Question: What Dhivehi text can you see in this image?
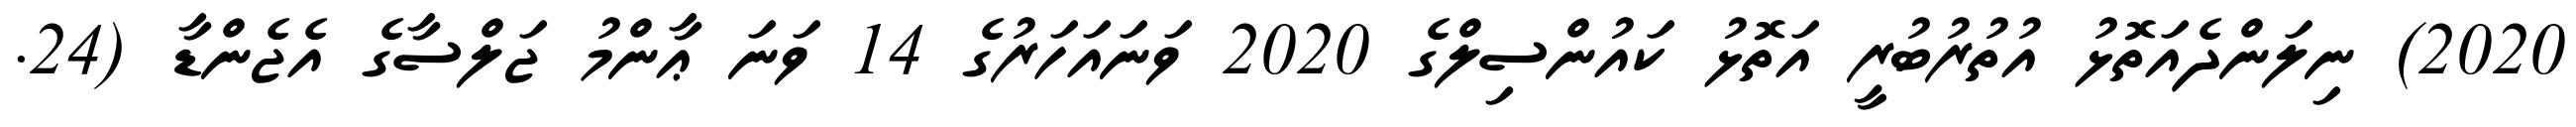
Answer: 2020) ނިލަންދެއަތޮޅު އުތުރުބުރީ އަތޮޅު ކައުންސިލްގެ 2020 ވަނައަހަރުގެ 14 ވަނަ ޢާންމު ޖަލްސާގެ އެޖެންޑާ (24.